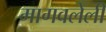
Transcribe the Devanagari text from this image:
मागवलेली